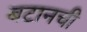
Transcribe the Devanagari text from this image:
बटानची